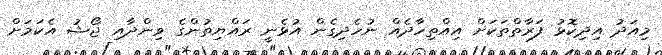
މިއަދު އިދިކޮޅު ފަރާތްތަކަށް އިއްތިހާދެއް ނުހެދިގެން އުޅެނީ ރައްޔިތުންގެ ވިންދާއި ޖޯޝު އެކަމަށް